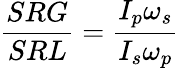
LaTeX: \frac{SRG}{SRL}=\frac{I_{p}\omega_{s}}{I_{s}\omega_{p}}